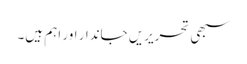
سبھی تحریریں جاندار اور اہم ہیں۔